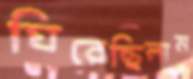
ঘিরেছিলাম